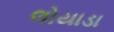
લોયાડા